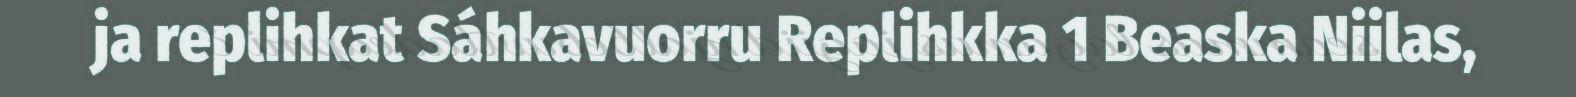
ja replihkat Sáhkavuorru Replihkka 1 Beaska Niilas,